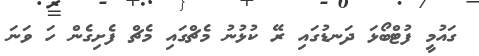
ގައުމީ ފުޓްބޯޅަ ދަނޑުގައި ރޭ ކުޅުނު މެޗްގައި މެޗް ފެށިގެން ހަ ވަނަ